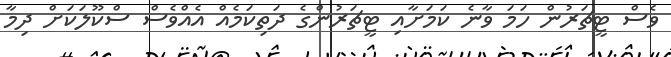
ވެސް ޓީޗަރުން ހަމަ ވާނެ ކަމަށާއި ޓީޗަރުންގެ ދަތިކަމެއް އެއްވެސް ސްކޫލަކަށް ދިމާ